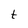
Character: t